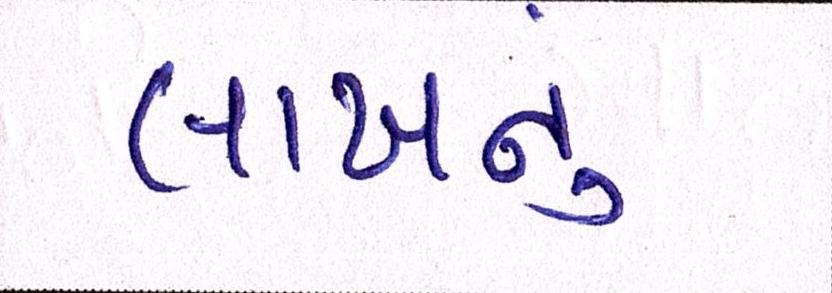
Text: લાખનું